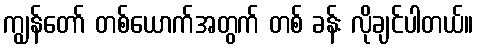
ကျွန်တော် တစ်ယောက်အတွက် တစ် ခန်း လိုချင်ပါတယ်။